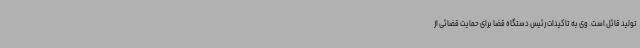
تولید قائل است. وی به تاکیدات رئیس دستگاه قضا برای حمایت قضائی از